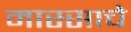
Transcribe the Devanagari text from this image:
मास्साचे